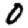
Digit: 0